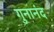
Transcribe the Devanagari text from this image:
गुनानंद